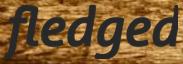
fledged